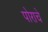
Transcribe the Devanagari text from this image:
पोराचे